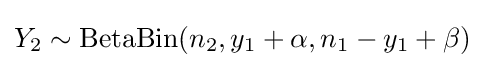
Y_{2}\sim \mathrm {BetaBin} (n_{2},y_{1}+\alpha ,n_{1}-y_{1}+\beta )